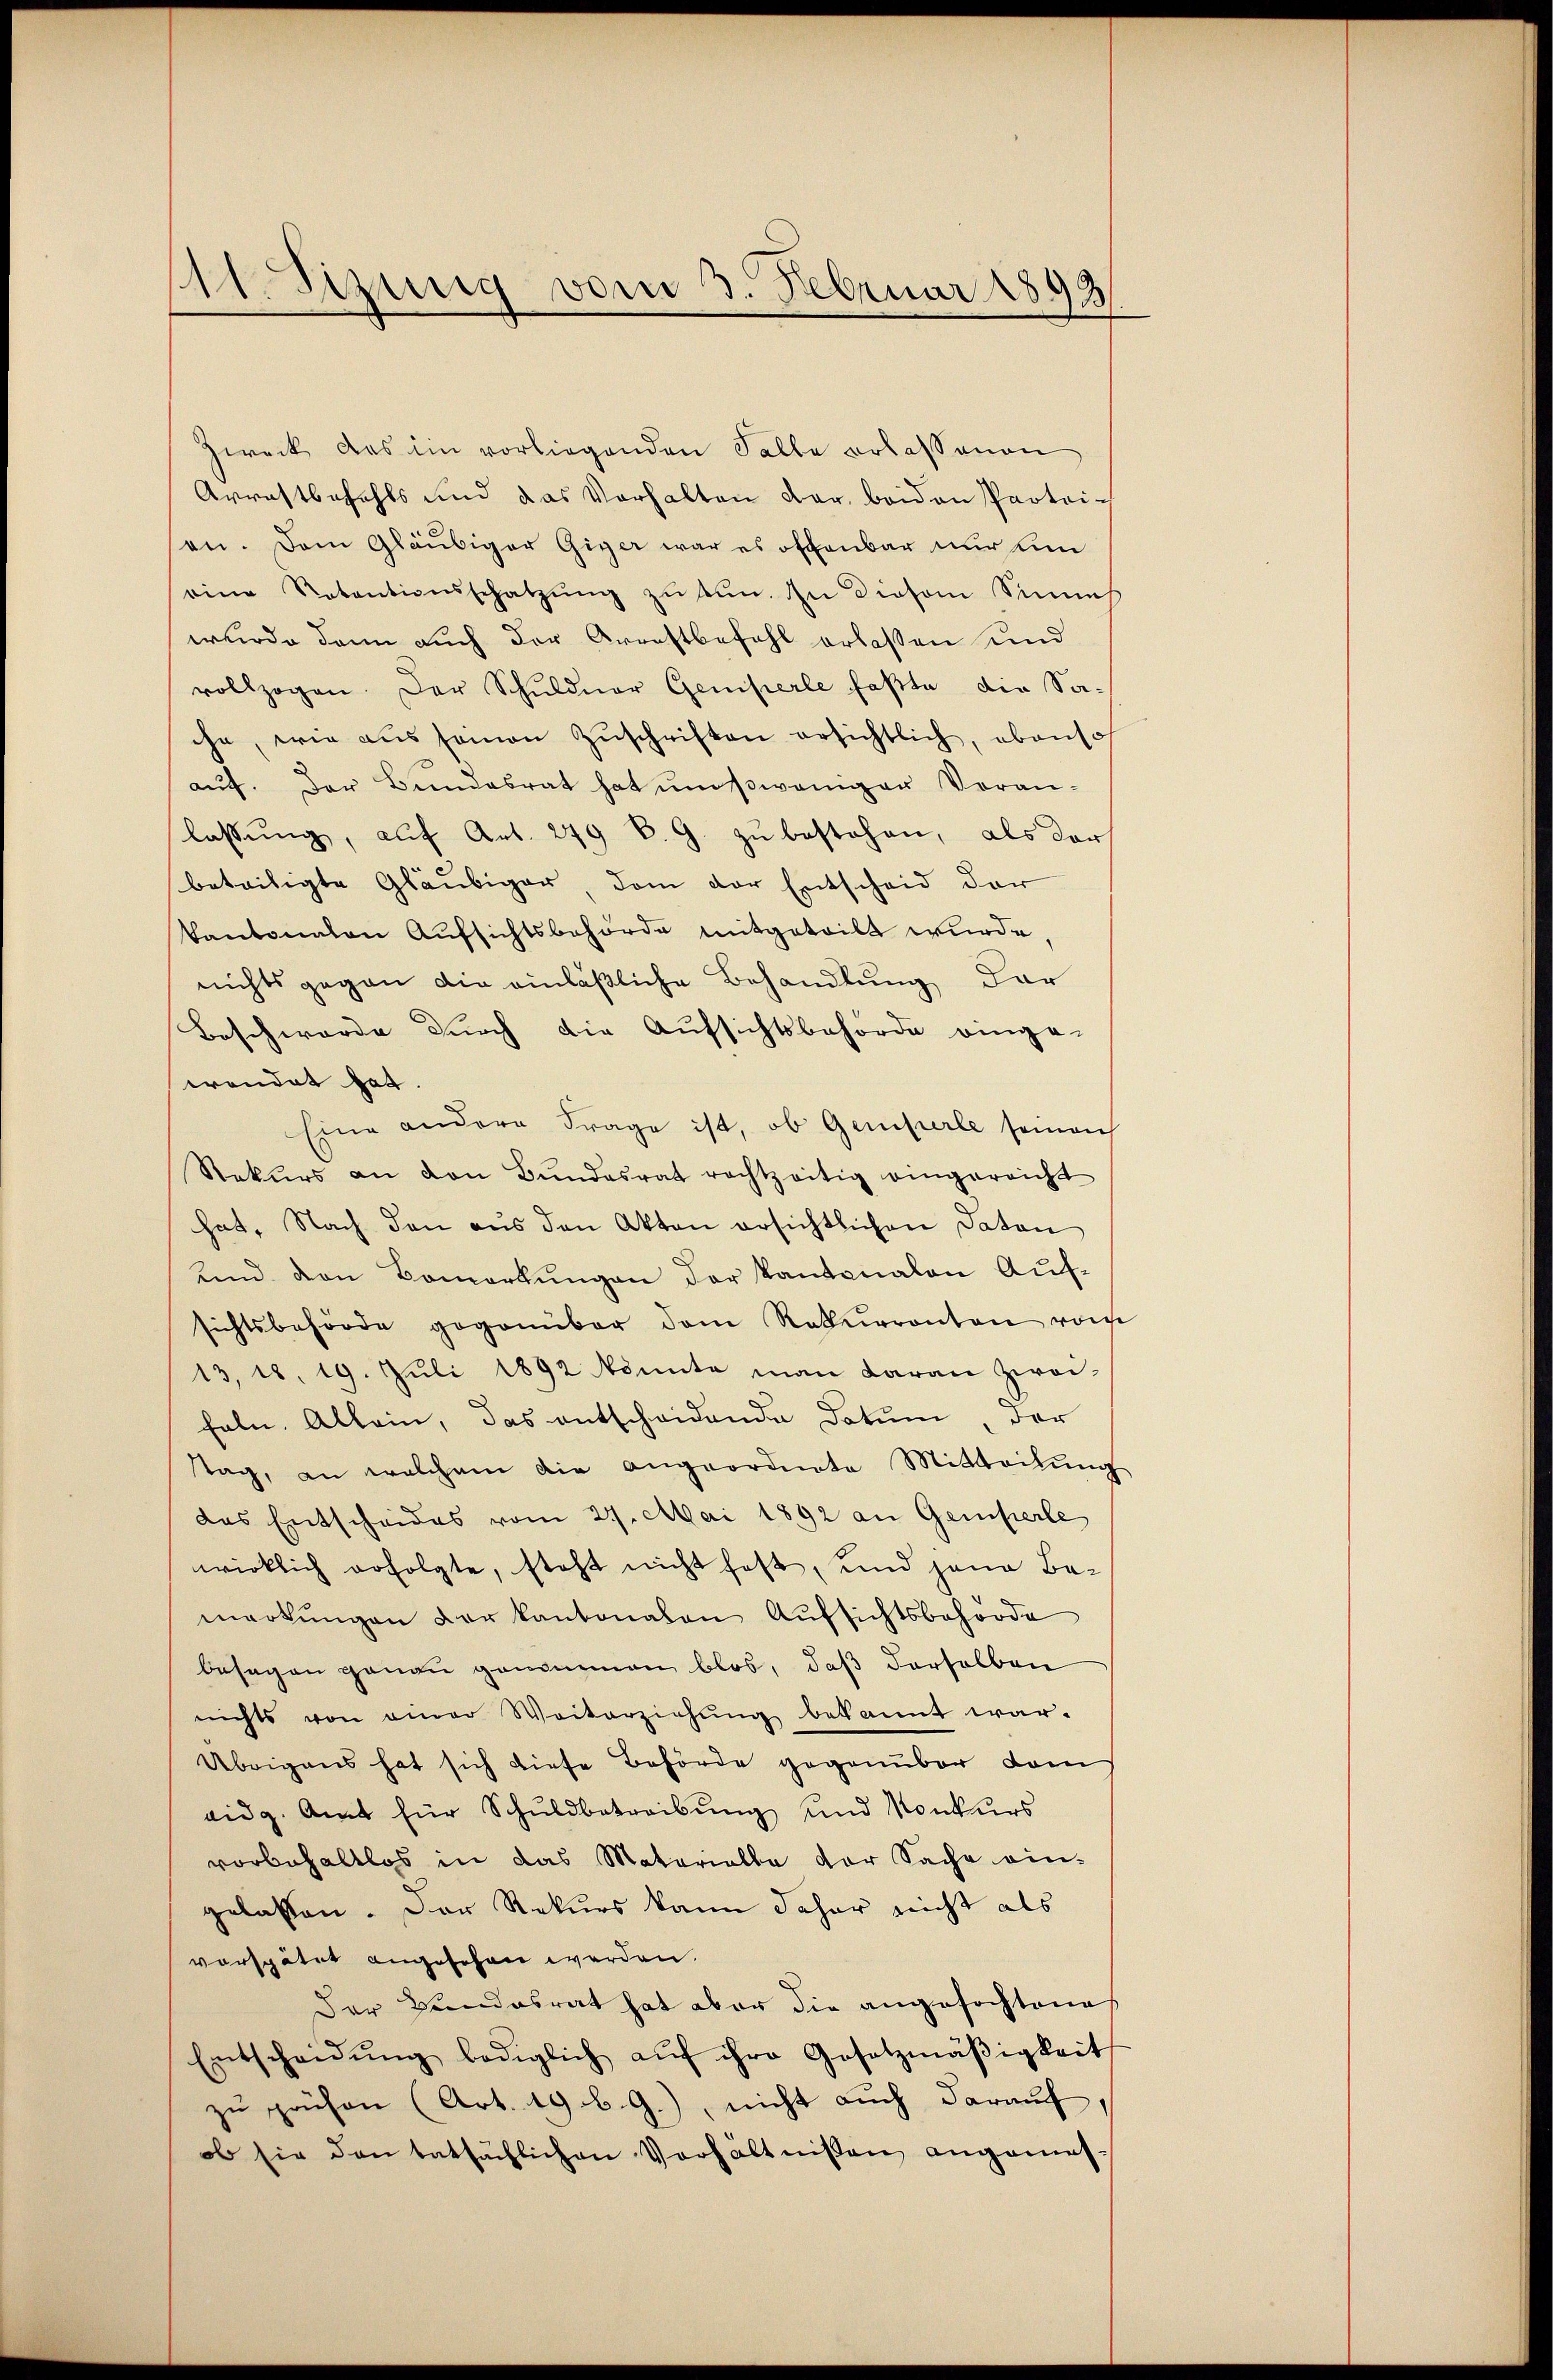
ESizung vom 3. Februar 1893

Zweck das im vorliegenden Falle erlassenen
Arrastbefehls und das Verhalten dar, beiden Partei-
en. Dem Gläubiger Giger war es offenbar nur hi
eine Ratentionsschatzŭng zŭ tun. In diesem Sinnes
wurde dann auch der Arrestbefahl erlaßen und
vollzogen. Der Schŭldner Gemperle faßte die Sa-
ihe, wie aus samen Zŭschriften ersichtlich, obenso
aŭf. Der Bŭndesrat hat ŭm weniger Veran-
lassung, auf Art. 249 B. G. zu bestehen, als der
beteiligte Gläubiger, dem der Entscheid der
kantonalen Aufsichtsbehörde mitgeteilt wurde
nichts gegen die einläßliche Behandlung der
Beschwerde durch die Aufsichtsbehörde einge-
wendet hat
Eine andere Frage ist, ob Gemperle seinach
Rekŭrs an den Bŭndesrat rechtzeitig eingereicht
hat. Nach den aŭs den Akten ersichtlichen Daton
und den Bemerkŭngen der Kantonalen Auf-
sichtsbehörde gegenüber dem Rekurrenten vorge
13, 18. 19. Jŭli 1892 könnte man daran zwei-
feln. Allein, das entscheidende Datum, der
tag, an welchem die angeordnete Mitteilung
das Entscheides vom 27. Mai 1892 an Gemperle
wirklich erfolgte, steht nicht hast, und jena Bamerkŭngen der kantonalen Aŭfsichtsbehörde
besagen genau genommen blos, daß derselben
nichts von einer Weiterziehŭng bekannt war.
Übrigens hat sich diese Behörde gegenüber dam
eidg. Amt für Schŭldbetreibŭng und Konkurs
vorbehaltlos in das Materialbe der Sache ein-
gelassen. Der Rekurs kann daher nicht als
vorspätet angesehen werden.
Der Bundesrat hat aber die angefochtenes
Entscheidŭng lediglich aŭf ihre Gesetzmäβigkeit
zu prüfen (Art. 19. b. G.), nicht auch darauf,
ob sie den tatsächlichen Verhältnißen angemes-